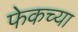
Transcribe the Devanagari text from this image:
फेकच्या